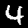
Label: 4